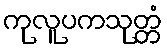
ကုလူပကသုတ္တံ